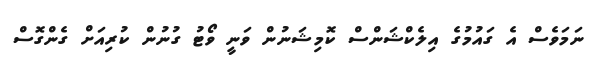
ނަމަވެސް އެ ގައުމުގެ އިލެކްޝަންސް ކޮމިޝަނުން ވަނީ ވޯޓު ގުނުން ކުރިއަށް ގެންގޮސް